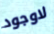
لاوجود